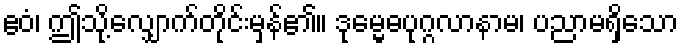
ဧဝံ၊ ဤသို့လျှောက်တိုင်းမှန်၏။ ဒုမ္မေဓပုဂ္ဂလာနာမ၊ ပညာမရှိသော